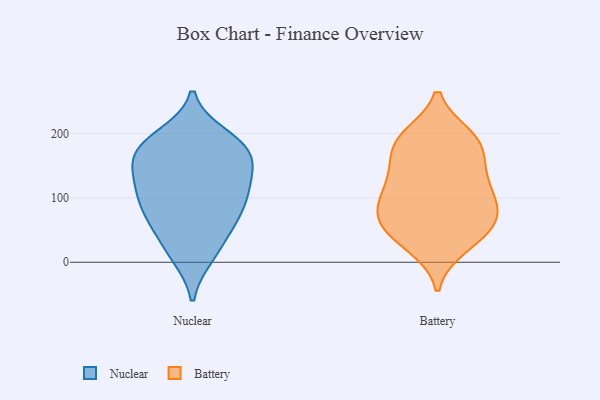
{"axis": {"x": "Customer Acquisition Cost (USD)", "y": "Value"}, "legend": ["Battery", "Nuclear"], "data": [{"x": "", "y": 117, "type": "Nuclear"}, {"x": "", "y": 12, "type": "Nuclear"}, {"x": "", "y": 117, "type": "Nuclear"}, {"x": "", "y": 163, "type": "Nuclear"}, {"x": "", "y": 180, "type": "Nuclear"}, {"x": "", "y": 164, "type": "Nuclear"}, {"x": "", "y": 41, "type": "Nuclear"}, {"x": "", "y": 71, "type": "Nuclear"}, {"x": "", "y": 143, "type": "Nuclear"}, {"x": "", "y": 70, "type": "Nuclear"}, {"x": "", "y": 188, "type": "Nuclear"}, {"x": "", "y": 98, "type": "Nuclear"}, {"x": "", "y": 159, "type": "Nuclear"}, {"x": "", "y": 183, "type": "Nuclear"}, {"x": "", "y": 10, "type": "Nuclear"}, {"x": "", "y": 124, "type": "Nuclear"}, {"x": "", "y": 96, "type": "Nuclear"}, {"x": "", "y": 65, "type": "Nuclear"}, {"x": "", "y": 196, "type": "Nuclear"}, {"x": "", "y": 140, "type": "Battery"}, {"x": "", "y": 89, "type": "Battery"}, {"x": "", "y": 184, "type": "Battery"}, {"x": "", "y": 78, "type": "Battery"}, {"x": "", "y": 24, "type": "Battery"}, {"x": "", "y": 143, "type": "Battery"}, {"x": "", "y": 96, "type": "Battery"}, {"x": "", "y": 196, "type": "Battery"}, {"x": "", "y": 66, "type": "Battery"}, {"x": "", "y": 117, "type": "Battery"}, {"x": "", "y": 195, "type": "Battery"}, {"x": "", "y": 47, "type": "Battery"}, {"x": "", "y": 175, "type": "Battery"}, {"x": "", "y": 190, "type": "Battery"}, {"x": "", "y": 29, "type": "Battery"}, {"x": "", "y": 132, "type": "Battery"}, {"x": "", "y": 62, "type": "Battery"}, {"x": "", "y": 93, "type": "Battery"}, {"x": "", "y": 54, "type": "Battery"}]}